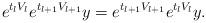
LaTeX: \begin{align*} e^{t_lV_l} e^{t_{l+1}V_{l+1}} y =e^{t_{l+1} V_{l+1}}e^{t_l V_l }y.\end{align*}